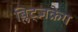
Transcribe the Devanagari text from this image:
ब्लिट्ज़क्रेग